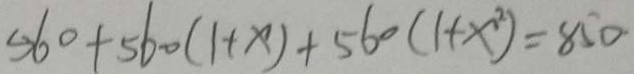
5 6 0 + 5 6 0 ( 1 + x ) + 5 6 0 ( 1 + x ^ { 2 } ) = 8 5 0